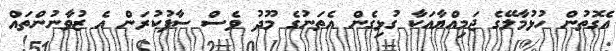
އެގޮތުން ހުޅުމާލޭގެ ޖަމިއްޔާއަކާ ގުޅިގެން އެތަނުގެ މޫދު ވެސް ސާފުކުރަން އެ ޒުވާނުންތައް